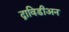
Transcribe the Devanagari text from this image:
द्राविडीअन